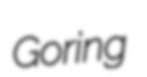
Goring